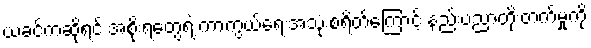
ယခင်ကဆိုရင် အစိုးရတွေရဲ့ ကာကွယ်ရေးအသုံးစရိတ်ကြောင့် နည်းပညာတိုးတက်မှုကို